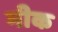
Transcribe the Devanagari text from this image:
मीक